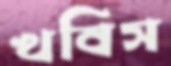
খবিস